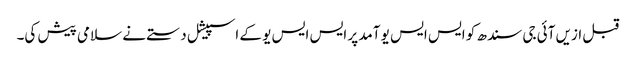
قبل ازیں آئی جی سندھ کو ایس ایس یو آمد پر ایس ایس یو کے اسپیشل دستے نے سلامی پیش کی۔